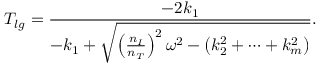
T _ { l g } = { \frac { - 2 k _ { 1 } } { - k _ { 1 } + \sqrt { \left( { \frac { n _ { I } } { n _ { T } } } \right) ^ { 2 } \omega ^ { 2 } - \left( k _ { 2 } ^ { 2 } + \cdots + k _ { m } ^ { 2 } \right) } } } .